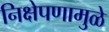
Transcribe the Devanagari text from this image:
निक्षेपणामुळे